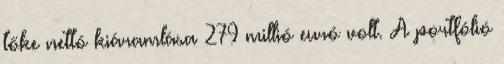
tőke nettó kiáramlása 279 millió euró volt. A portfólió